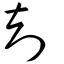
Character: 勀